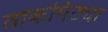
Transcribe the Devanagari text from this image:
ताकपिठ्या